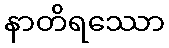
နာတိရဿော